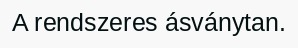
A rendszeres ásványtan.